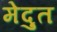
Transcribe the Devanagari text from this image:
मेदुत